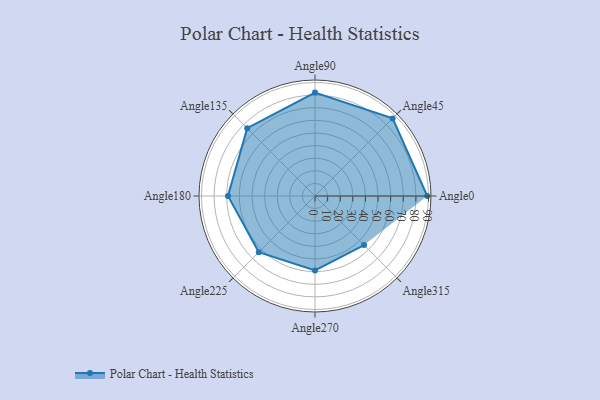
{"axis": {"x": "Angle", "y": "Radius"}, "legend": [""], "data": [{"x": "Angle0", "y": 89.0, "type": ""}, {"x": "Angle45", "y": 87.0, "type": ""}, {"x": "Angle90", "y": 82.0, "type": ""}, {"x": "Angle135", "y": 76.0, "type": ""}, {"x": "Angle180", "y": 69.0, "type": ""}, {"x": "Angle225", "y": 63.0, "type": ""}, {"x": "Angle270", "y": 59.0, "type": ""}, {"x": "Angle315", "y": 55.0, "type": ""}]}